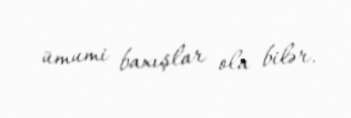
ümumi baxışlar ola bilər.